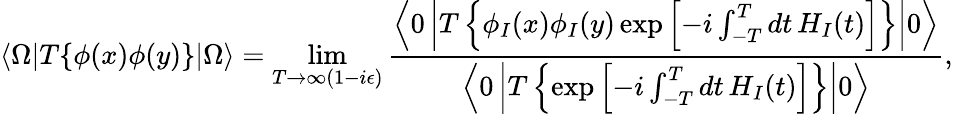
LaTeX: \langle\Omega|T\{ \phi(x)\phi(y)\} |\Omega\rangle=\operatorname*{lim}_{T\to\infty(1-i\epsilon)}{\frac{\left\langle 0\left|T\left\{ \phi_{I}(x)\phi_{I}(y)\exp\left[-i\int_{-T}^{T}dt\, H_{I}(t)\right]\right\} \right|0\right\rangle}{\left\langle 0\left|T\left\{ \exp\left[-i\int_{-T}^{T}dt\, H_{I}(t)\right]\right\} \right|0\right\rangle}},